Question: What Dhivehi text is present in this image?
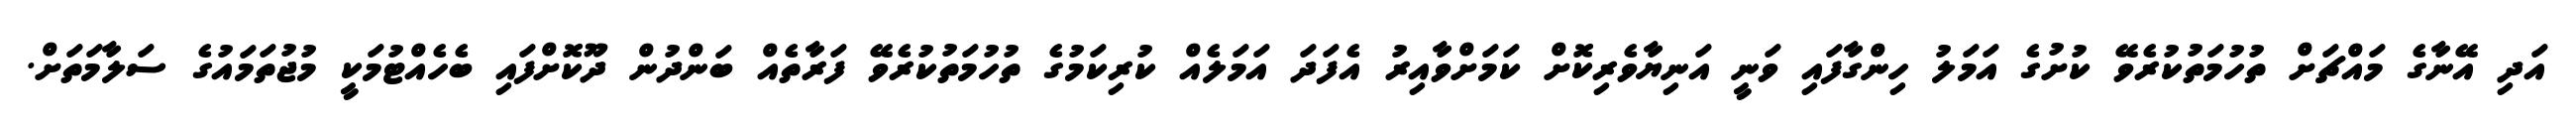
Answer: އަދި އޭނާގެ މައްޗަށް ތުހުމަތުކުރެވޭ ކުށުގެ އަމަލު ހިންގާފައި ވަނީ އަނިޔާވެރިކޮށް ކަމަށްވާއިރު އެފަދަ އަމަލެއް ކުރިކަމުގެ ތުހުމަތުކުރެވޭ ފަރާތެއް ބަންދުން ދޫކޮށްފައި ބެހެއްޓުމަކީ މުޖުތަމައުގެ ސަލާމަތަށް.